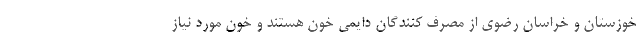
خوزستان و خراسان رضوی از مصرف کنندگان دایمی خون هستند و خون مورد نیاز